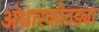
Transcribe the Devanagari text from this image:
अंधारकोठड्या